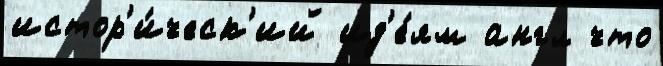
истор'и́ческ'ий ид'е́ям англ что